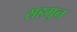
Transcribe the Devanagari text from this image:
सहगुन